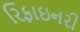
રિફાઇનરી